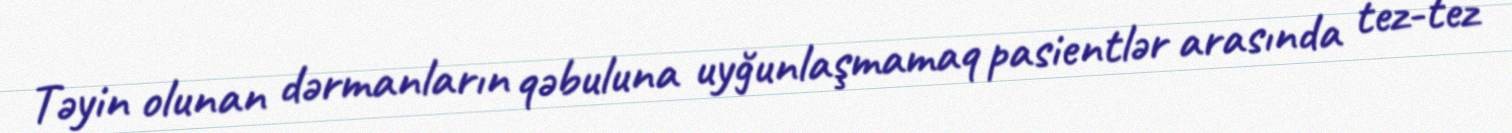
Təyin olunan dərmanların qəbuluna uyğunlaşmamaq pasientlər arasında tez-tez